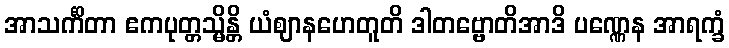
အာသင်္ကိတာ ဧကပုတ္တသ္မိန္တိ ယံဈာနဟေတူတိ ဒါတဗ္ဗောတိအာဒိ ပဏ္ဏေန အာရက္ခံ